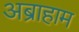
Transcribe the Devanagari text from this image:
अब्राहाम